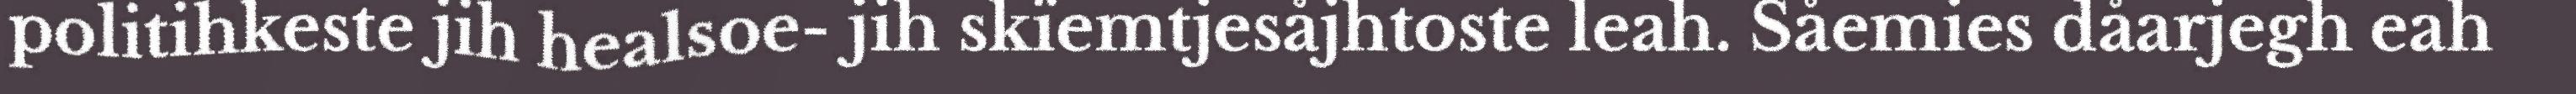
politihkeste jih healsoe- jih skïemtjesåjhtoste leah. Såemies dåarjegh eah